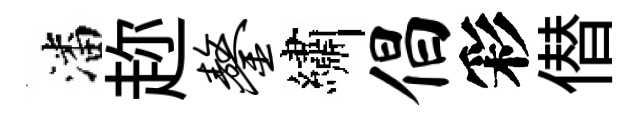
潘趂鏊繡倡彩僣